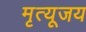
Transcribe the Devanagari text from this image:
मृत्यूजय